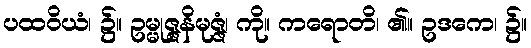
ပထဝိယံ၊ ၌။ ဥမ္မုဇ္ဇနိမုဇ္ဇံ၊ ကို။ ကရောတိ၊ ၏။ ဥဒကေ၊ ၌။